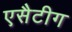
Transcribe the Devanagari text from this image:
एसैटीग